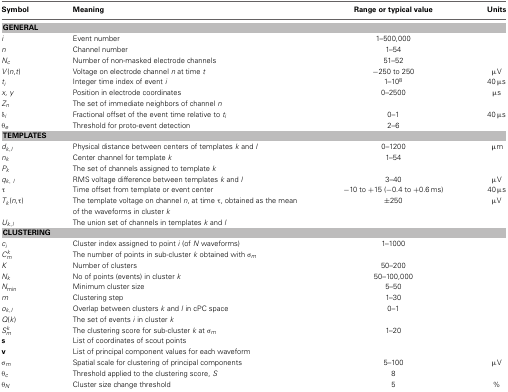
<table><thead><tr><td><b>Symbol</b></td><td><b>Meaning</b></td><td><b>Range or typical value</b></td><td><b>Units</b></td></tr></thead><tbody><tr><td colspan="4"><b>GENERAL</b></td></tr><tr><td><i>i</i></td><td>Event number</td><td>1–500,000</td><td></td></tr><tr><td><i>n</i></td><td>Channel number</td><td>1–54</td><td></td></tr><tr><td><i>N</i><sub><i>c</i></sub></td><td>Number of non-masked electrode channels</td><td>51–52</td><td></td></tr><tr><td><i>V</i>(<i>n</i>,<i>t</i>)</td><td>Voltage on electrode channel <i>n</i> at time <i>t</i></td><td>−250 to 250</td><td>μV</td></tr><tr><td><i>t</i><sub><i>i</i></sub></td><td>Integer time index of event <i>i</i></td><td>1–10<sup>8</sup></td><td>40 μs</td></tr><tr><td><i>x, y</i></td><td>Position in electrode coordinates</td><td>0–2500</td><td>μs</td></tr><tr><td><i>Z</i><sub><i>n</i></sub></td><td>The set of immediate neighbors of channel <i>n</i></td><td></td><td></td></tr><tr><td>δ<sub><i>i</i></sub></td><td>Fractional offset of the event time relative to <i>t</i><sub><i>i</i></sub></td><td>0–1</td><td>40 μs</td></tr><tr><td>θ<sub><i>e</i></sub></td><td>Threshold for proto-event detection</td><td>2–6</td><td></td></tr><tr><td colspan="4"><b>TEMPLATES</b></td></tr><tr><td><i>d</i><sub><i>k</i>,<i>l</i></sub></td><td>Physical distance between centers of templates <i>k</i> and <i>l</i></td><td>0–1200</td><td>μm</td></tr><tr><td><i>n</i><sub><i>k</i></sub></td><td>Center channel for template <i>k</i></td><td>1–54</td><td></td></tr><tr><td><i>P</i><sub><i>k</i></sub></td><td>The set of channels assigned to template <i>k</i></td><td></td><td></td></tr><tr><td><i>q</i><sub><i>k</i>, <i>l</i></sub></td><td>RMS voltage difference between templates <i>k</i> and <i>l</i></td><td>3–40</td><td>μV</td></tr><tr><td>τ</td><td>Time offset from template or event center</td><td>−10 to +15 (−0.4 to +0.6 ms)</td><td>40 μs</td></tr><tr><td><i>T</i><sub><i>k</i></sub>(<i>n</i>,τ)</td><td>The template voltage on channel <i>n</i>, at time τ, obtained as the mean of the waveforms in cluster <i>k</i></td><td>±250</td><td>μV</td></tr><tr><td><i>U</i><sub><i>k</i>,<i>l</i></sub></td><td>The union set of channels in templates <i>k</i> and <i>l</i></td><td></td><td></td></tr><tr><td colspan="4"><b>CLUSTERING</b></td></tr><tr><td><i>c</i><sub><i>i</i></sub></td><td>Cluster index assigned to point <i>i</i> (of <i>N</i> waveforms)</td><td>1–1000</td><td></td></tr><tr><td><i>C</i><sup><i>k</i></sup><sub><i>m</i></sub></td><td>The number of points in sub-cluster <i>k</i> obtained with σ<sub><i>m</i></sub></td><td></td><td></td></tr><tr><td><i>K</i></td><td>Number of clusters</td><td>50–200</td><td></td></tr><tr><td><i>N</i><sub><i>k</i></sub></td><td>No of points (events) in cluster <i>k</i></td><td>50–100,000</td><td></td></tr><tr><td><i>N</i><sub>min</sub></td><td>Minimum cluster size</td><td>5–50</td><td></td></tr><tr><td><i>m</i></td><td>Clustering step</td><td>1–30</td><td></td></tr><tr><td><i>o</i><sub><i>k</i>,<i>l</i></sub></td><td>Overlap between clusters <i>k</i> and <i>l</i> in cPC space</td><td>0–1</td><td></td></tr><tr><td><i>Q</i>(<i>k</i>)</td><td>The set of events <i>i</i> in cluster <i>k</i></td><td></td><td></td></tr><tr><td><i>S</i><sup><i>k</i></sup><sub><i>m</i></sub></td><td>The clustering score for sub-cluster <i>k</i> at σ<sub><i>m</i></sub></td><td>1–20</td><td></td></tr><tr><td><b>s</b></td><td>List of coordinates of scout points</td><td></td><td></td></tr><tr><td><b>v</b></td><td>List of principal component values for each waveform</td><td></td><td></td></tr><tr><td>σ<sub><i>m</i></sub></td><td>Spatial scale for clustering of principal components</td><td>5–100</td><td>μV</td></tr><tr><td>θ<sub><i>c</i></sub></td><td>Threshold applied to the clustering score, <i>S</i></td><td>8</td><td></td></tr><tr><td>θ<sub><i>N</i></sub></td><td>Cluster size change threshold</td><td>5</td><td>%</td></tr></tbody></table>